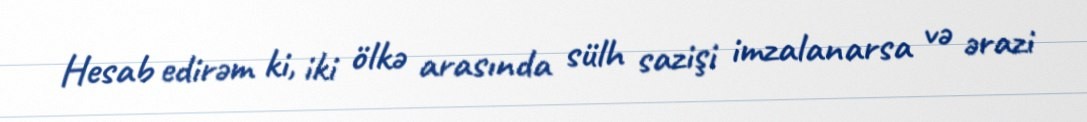
Hesab edirəm ki, iki ölkə arasında sülh sazişi imzalanarsa və ərazi